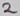
Text: 2